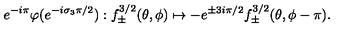
e ^ { - i \pi } \varphi ( e ^ { - i \sigma _ { 3 } \pi / 2 } ) : f _ { \pm } ^ { 3 / 2 } ( \theta , \phi ) \mapsto - e ^ { \pm 3 i \pi / 2 } f _ { \pm } ^ { 3 / 2 } ( \theta , \phi - \pi ) .